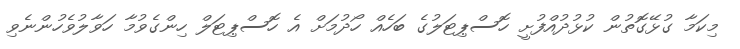
މިކަމާ ގުޅޭގޮތުން ކުޅުދުއްފުށީ ހޮސްޕިޓަލުގެ ބަހެއް ހޯދުމަށް އެ ހޮސްޕިޓަލް ހިންގެވުމާ ހަވާލުވެހުންނެވި